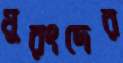
মুরংদের